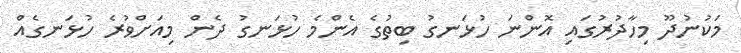
މަކުނުދޫ މިހާދުރުގައި އޮންނަ ހުޅަނގު ބިތުގެ އެންމެ ހުޅަނގު ދެން މިއަށްވުރެ ހުޅަނގެއް